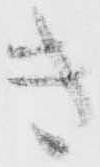
き